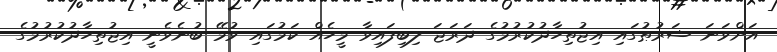
އަށްވަނަ ޝަރުޠުގައި އިޖުތިހާދުކުރުމުގެ ދަރަޖަ ލިބިފައިވާ މީހެއް ކަމުގައި ވުމޭ ބުނެވެނީ އިޖުތިހާދުކުރުމުގެ